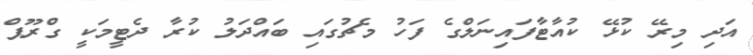
އަދި މިރޭ ކުޅޭ ކުއާޓާފައިނަލްގެ ފަހު މެޗުގައި ބައްދަލު ކުރާ ދެޓީމަކީ ގްރޫޕް